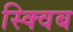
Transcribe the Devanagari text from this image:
स्क्विब